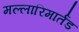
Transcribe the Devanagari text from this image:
मल्लारिमार्तंड